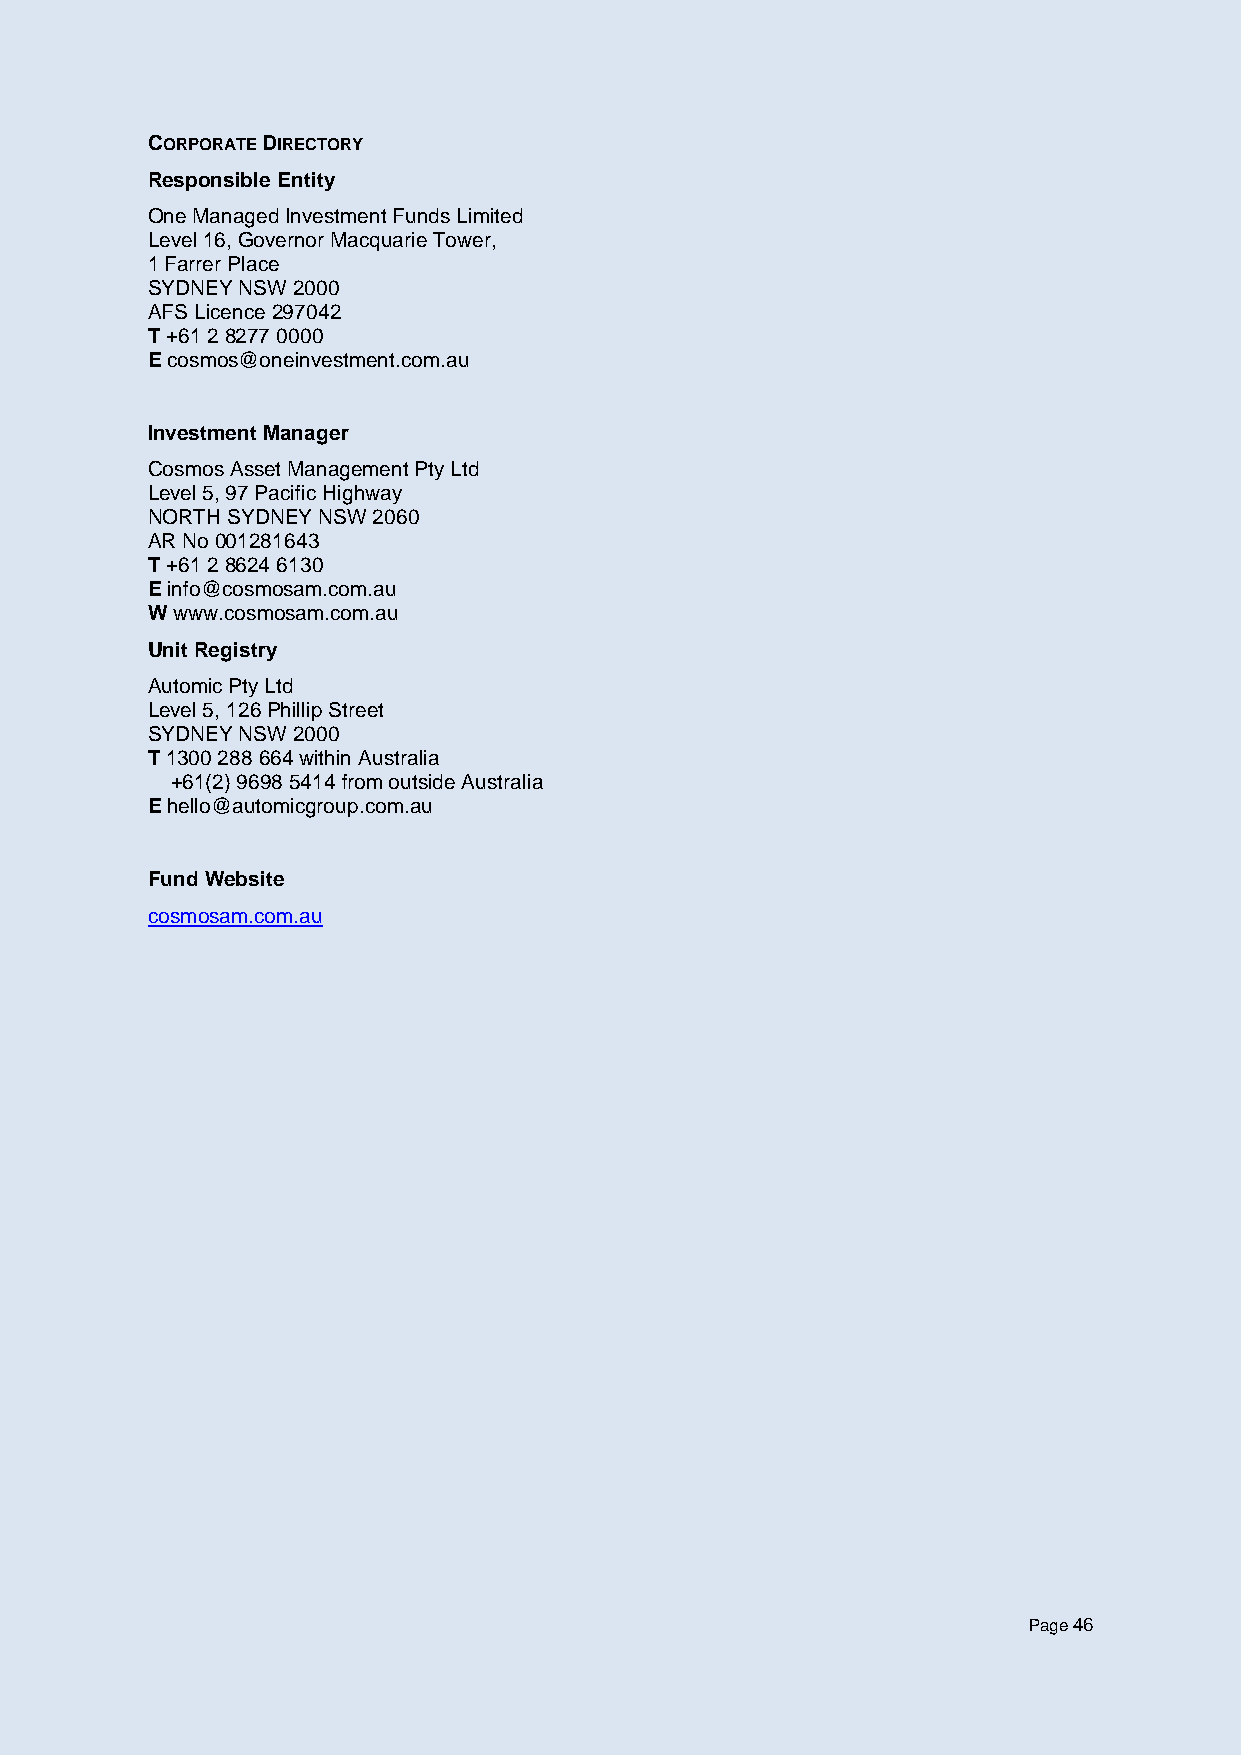
CORPORATE DIRECTORY
 Responsible Entity
 One Managed Investment Funds Limited
 Level 16, Governor Macquarie Tower,
 1 Farrer Place
 SYDNEY NSW 2000
 AFS Licence 297042
 T +61 2 8277 0000
 E cosmos@oneinvestment.com.au
 Investment Manager
 Cosmos Asset Management Pty Ltd
 Level 5, 97 Pacific Highway
 NORTH SYDNEY NSW 2060
 AR No 001281643
 T +61 2 8624 6130
 E info@cosmosam.com.au
 W www.cosmosam.com.au
 Unit Registry
 Automic Pty Ltd
 Level 5, 126 Phillip Street
 SYDNEY NSW 2000
 T 1300 288 664 within Australia
 +61(2) 9698 5414 from outside Australia
 E hello@automicgroup.com.au
 Fund Website
 cosmosam.com.au
 Page 46